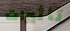
تأثيرات